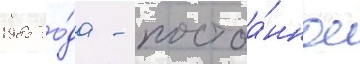
1985 го́да - постоа́нное